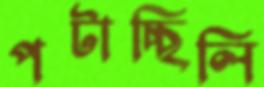
পটাচ্ছিলি